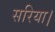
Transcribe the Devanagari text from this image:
सरिया।